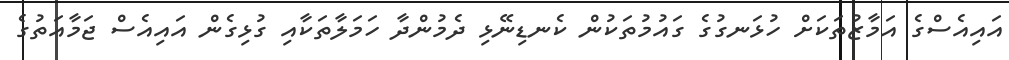
އައިއެސްގެ އަމާޒުތަކަށް ހުޅަނގުގެ ގައުމުތަކުން ކެނޑިނޭޅި ދެމުންދާ ހަމަލާތަކާއި ގުޅިގެން އައިއެސް ޖަމާއަތުގެ